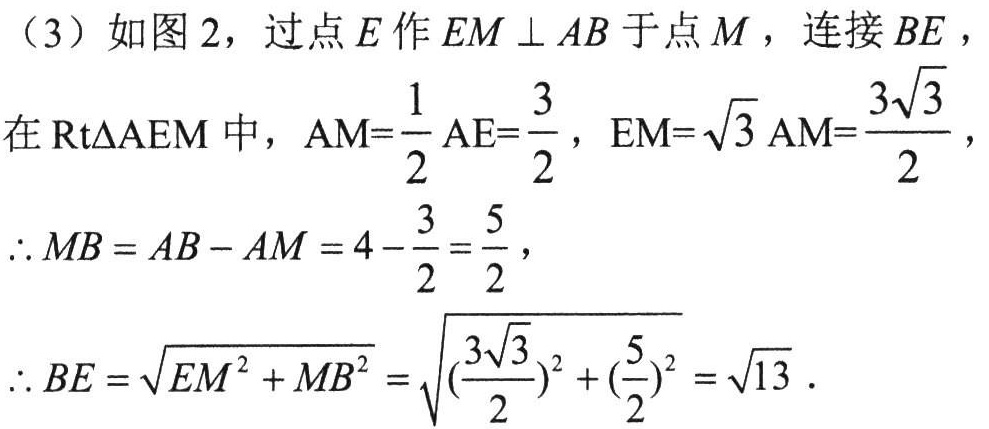
（3）如图 2，过点\(E\)作\(EM \perp AB\)于点\(M\)，连接\(BE\)，
在\(\text{Rt}\triangle AEM\)中，\(AM = \frac{1}{2}AE = \frac{3}{2}\)，\(EM = \sqrt{3}AM = \frac{3\sqrt{3}}{2}\)，
\(\therefore MB = AB - AM = 4 - \frac{3}{2} = \frac{5}{2}\)，
\(\therefore BE = \sqrt{EM^{2} + MB^{2}} = \sqrt{(\frac{3\sqrt{3}}{2})^{2} + (\frac{5}{2})^{2}} = \sqrt{13}\)．